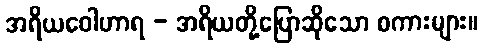
အရိယဝေါဟာရ - အရိယတို့ပြောဆိုသော စကားများ။